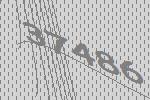
37486